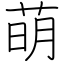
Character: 萌